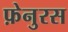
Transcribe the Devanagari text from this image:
फ़ेनुरस